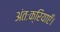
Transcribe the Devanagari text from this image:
अंतःक्रियाएँ।